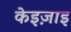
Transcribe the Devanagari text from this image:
केइज़ाइ